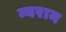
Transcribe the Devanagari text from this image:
न्यरान